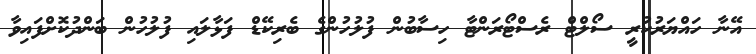
އޭނާ ހައްޔަރުކުރީ ސޯލްޓް ރެސްޓޯރަންޓާ ހިސާބުން ފުލުހުންގެ ބެރިކޭޑް ފަޅާލައި ފުލުހުން ބަންދުކޮށްފައިވާ